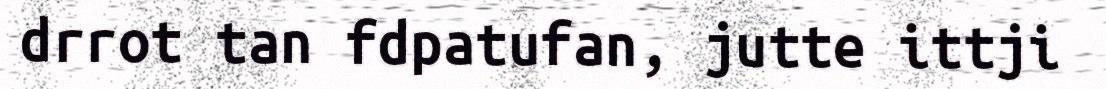
drrot tan fdpatufan, jutte ittji